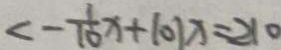
< - \frac { 1 } { 1 0 } x + 1 0 1 x = 2 1 0